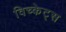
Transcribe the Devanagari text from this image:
विच्केट्स